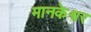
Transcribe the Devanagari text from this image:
मानकेश्वर